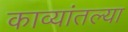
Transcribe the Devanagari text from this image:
काव्यांतल्या